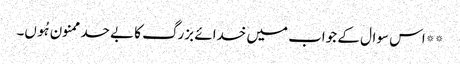
**اس سوال کے جواب میں خدائے بزرگ کا بے حد ممنون ہُوں۔